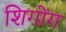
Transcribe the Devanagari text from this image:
शिगोंग